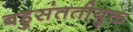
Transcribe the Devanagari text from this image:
बहुसंततीयुक्त